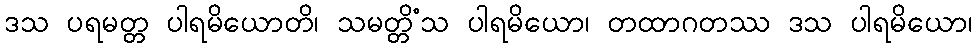
ဒသ ပရမတ္တ ပါရမိယောတိ၊ သမတ္တိံသ ပါရမိယော၊ တထာဂတဿ ဒသ ပါရမိယော၊